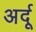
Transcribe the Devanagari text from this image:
अर्दू